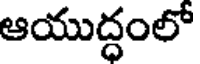
ఆయుద్ధంలో